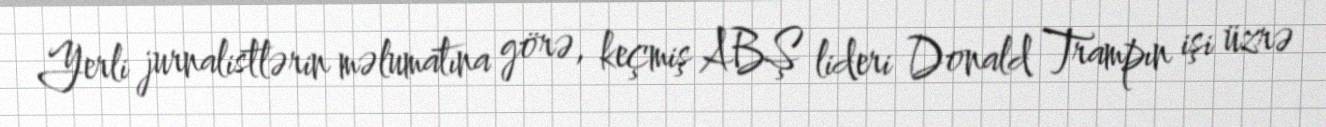
Yerli jurnalistlərin məlumatına görə, keçmiş ABŞ lideri Donald Trampın işi üzrə